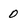
Character: 0